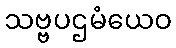
သဗ္ဗပဌမံယေဝ